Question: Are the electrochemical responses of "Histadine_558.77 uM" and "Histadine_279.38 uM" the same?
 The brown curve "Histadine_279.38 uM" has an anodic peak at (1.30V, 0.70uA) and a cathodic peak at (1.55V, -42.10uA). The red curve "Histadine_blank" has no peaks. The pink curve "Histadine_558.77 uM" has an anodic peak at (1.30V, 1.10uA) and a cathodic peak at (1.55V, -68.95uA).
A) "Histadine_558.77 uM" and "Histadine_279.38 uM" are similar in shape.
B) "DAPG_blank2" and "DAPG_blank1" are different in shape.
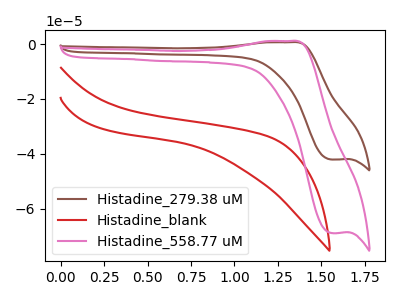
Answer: <think>All the peaks in "Histadine_558.77 uM" have a peak in "Histadine_279.38 uM" at the same potential. Every peak in "Histadine_558.77 uM" is higher than every peak in "Histadine_279.38 uM".
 </think>
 <answer>A) "Histadine_558.77 uM" and "Histadine_279.38 uM" are similar in shape.</answer>
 <eval>A</eval>